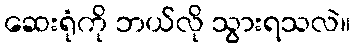
ဆေးရုံကို ဘယ်လို သွားရသလဲ။